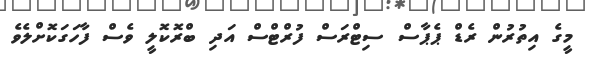
މީގެ އިތުރުން ރެޑް ޕެޕާސް ސިޓްރަސް ފުރްޓްސް އަދި ބްރޮކޮލީ ވެސް ފާހަގަކޮށްލެވެ